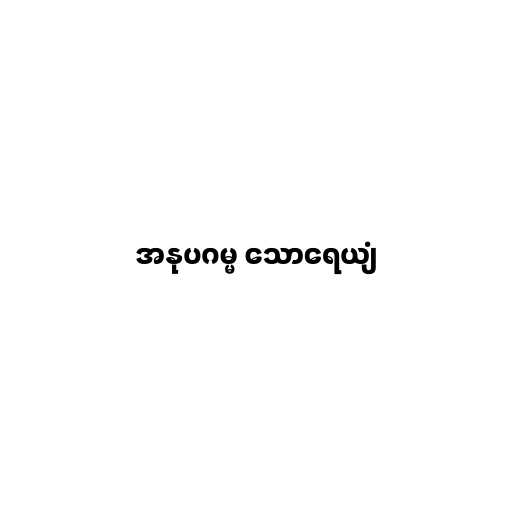
အနုပဂမ္မ သောရေယျံ